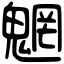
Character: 魍